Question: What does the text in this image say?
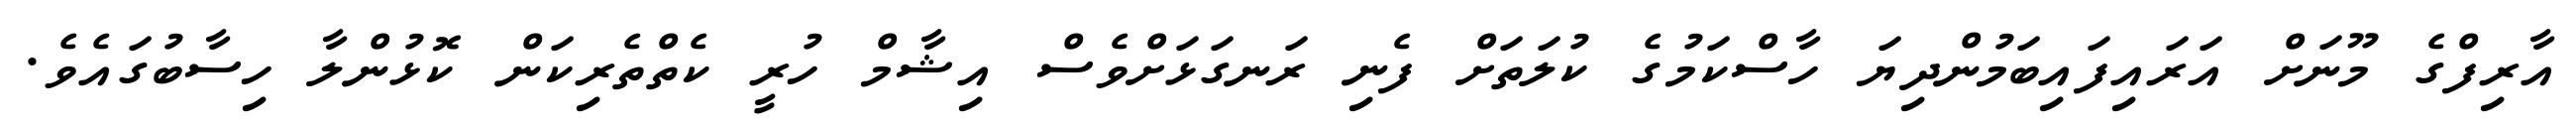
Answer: އާރިފްގެ މޫނަށް އަރައިފައިބަމުންދިޔަ ހާސްކަމުގެ ކުލަތަށް ފެނި ރަނގަޅަށްވެސް އިޝާމް ހުރީ ކެތްތެރިކަން ކޮޅުންލާ ހިސާބުގައެވެ.